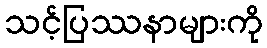
သင့်ပြဿနာများကို